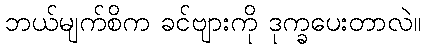
ဘယ်မျက်စိက ခင်ဗျားကို ဒုက္ခပေးတာလဲ။